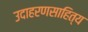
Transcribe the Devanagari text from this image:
उदाहरणसाहित्य